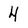
Character: 4